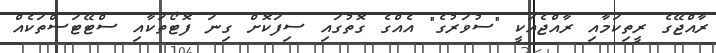
ރާއްޖޭގެ ރީތިކަމާއި ރާއްޖެއަކީ "ސުވަރުގެ" އެއްގެ ގޮތުގައި ސިފަކޮށް ގިނަ ފޮޓޯތަކާއި ސްޓޭޓަސްތަކެއް